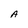
Character: A